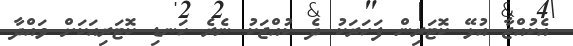
އެކުއްޖާ އުޅޭ ކޮޓަރިން ފަހަރަކު ދެ ކުއްޖަކު ނެރެ ހަނޑި ކޮޓަރިއަކަށް ވައްދާ